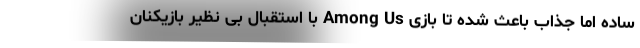
ساده اما جذاب باعث شده تا بازی Among Us با استقبال بی نظیر بازیکنان